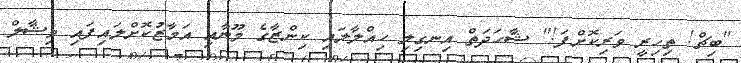
"ބިޗް! ތިހިރީ ވަރިކޮށްފަ!" ޝާހަދަތް އިނގިލި ހިއްލާލައި ކިންޒާގެ މޫނާއި އަމާޒުކޮށްލައިފައި ވިޝާލް